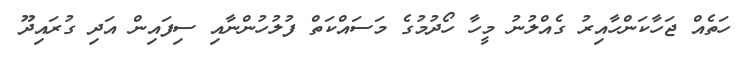
ހަތެއް ޖަހާކަންހާއިރު ގެއްލުނު މީހާ ހޯދުމުގެ މަސައްކަތް ފުލުހުންނާއި ސިފައިން އަދި ގުރައިދޫ